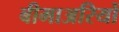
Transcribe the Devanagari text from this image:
बीमाअरियों